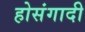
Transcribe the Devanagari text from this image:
होसंगादी